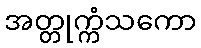
အတ္တုက္ကံသကော